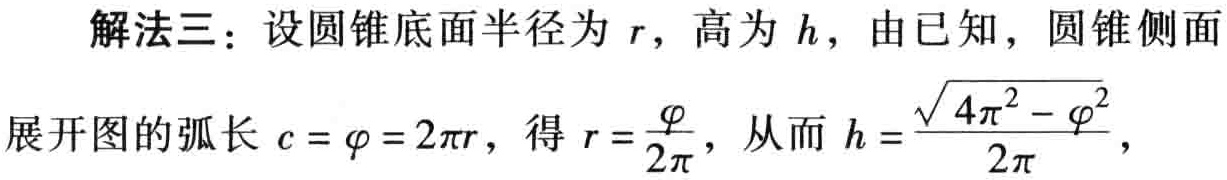
解法三：设圆锥底面半径为 \(r\)，高为 \(h\)，由已知，圆锥侧面

展开图的弧长 \(c = \varphi = 2\pi r\)，得 \(r = \frac{\varphi}{2\pi}\)，从而 \(h = \frac{\sqrt{4\pi^{2} - \varphi^{2}}}{2\pi}\)，